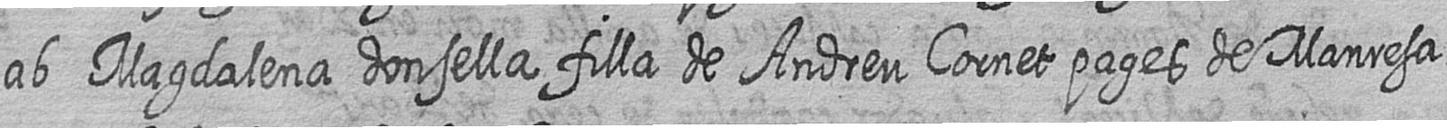
ab Magdalena donsella filla de Andreu Cornet pages de Manresa